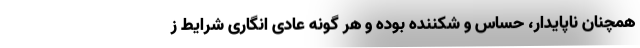
همچنان ناپایدار، حساس و شکننده بوده و هر گونه عادی انگاری شرایط ز